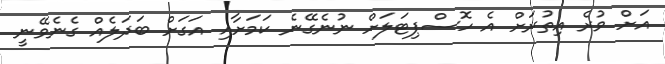
އަށް ވުރެ އިތުރަށް އެ ހޮސްޕިޓަލަށް ނުނެގޭނެ ކަމަށާއި އަގަށް ބަދަލެއް ގެނެވޭނީ